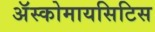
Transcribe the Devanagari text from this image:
अॅस्कोमायसिटिस